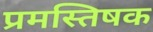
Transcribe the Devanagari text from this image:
प्रमस्तिषक